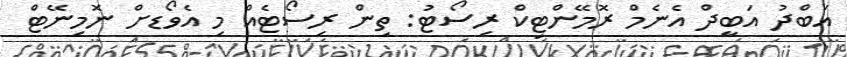
އަބްދު އަބީދް އެނެމް ރޮމޭންޓިކް ރިސޯޓު: ތިން ރިސޯޓެއް މި އެވޯޑށް ނޮމިނޭޓް